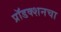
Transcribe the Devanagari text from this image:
प्रॉडक्शनचा